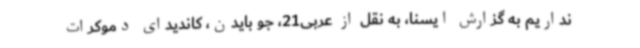
نداریم به گزارش ایسنا، به نقل از عربی21، جو بایدن، کاندیدای دموکرات